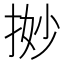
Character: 𢭼